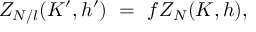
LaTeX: Z _ { N / l } ( K ^ { \prime } , h ^ { \prime } ) \ = \ f Z _ { N } ( K , h ) ,